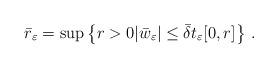
LaTeX: \begin{align*} \bar{r}_\varepsilon=\sup\left\{r>0|\bar{w}_\varepsilon|\le \bar{\delta} t_\varepsilon [0,r] \right\}\,. \end{align*}